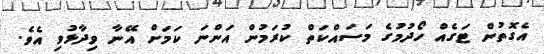
އެގޮތުން ޓަގެއް ހޯދުމުގެ މަސައްކަތް ކުރަމުން އަންނަ ކަމަށް އޭނާ ވިދާޅުވި އެވެ.